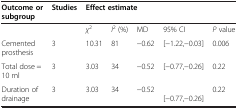
| Outcome or subgroup | Studies | <COLSPAN=5> Effect estimate |
 | --- | --- | --- | --- | --- | --- | --- |
 |  |  | χ2 | I2 (%) | MD | 95% CI | P value |
 | Cemented prosthesis | 3 | 10.31 | 81 | −0.62 | [−1.22,−0.03] | 0.006 |
 | Total dose = 10 ml | 3 | 3.03 | 34 | −0.52 | [−0.77,−0.26] | 0.22 |
 | Duration of drainage | 3 | 3.03 | 34 | −0.52 | [−0.77,−0.26] | 0.22 |